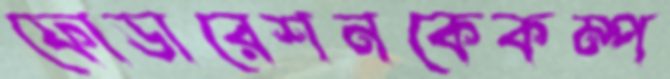
ফোডারেশনকেকম্প